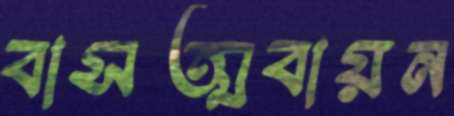
বাসত্মবায়ন